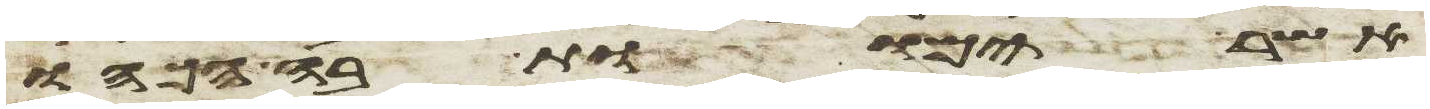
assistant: אשר ימות בה הכהו